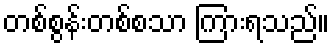
တစ်စွန်းတစ်စသာ ကြားရသည်။